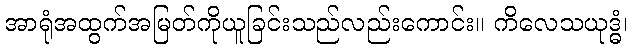
အာရုံအထွက်အမြတ်ကိုယူခြင်းသည်လည်းကောင်း။ ကိလေသယုဒ္ဓံ၊